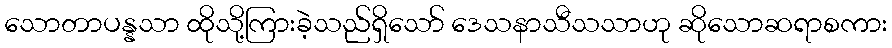
သောတာပန္နသာ ထိုသို့ကြားခဲ့သည်ရှိသော် ဒေသနာသီသသာဟု ဆိုသောဆရာစကား